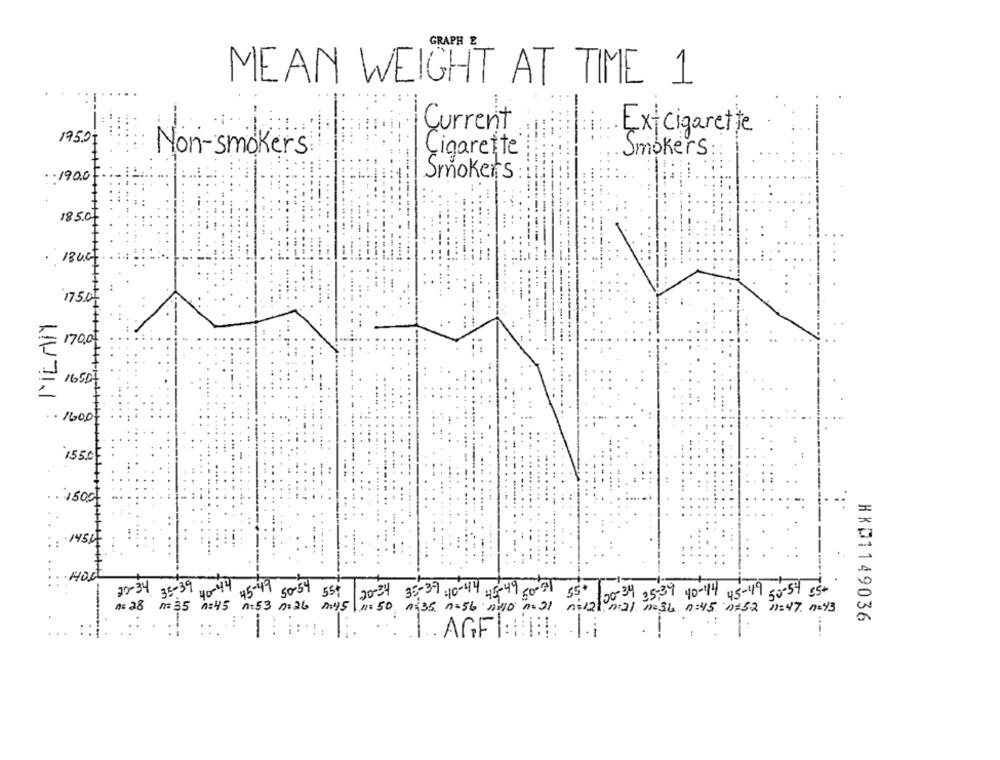
GRAPH
MEAN WEIGHT AT TIME 1
Current
Ex-cigarette
175.01
Non-smokers
Cigarette
Smokers
Smokers
.. 190.0
1850
1840
175.00
= 1700
= 16507
.. 1600
155.0
: 145
30-34 35:39 40- 44 45-49 50-54 559
20-34 38:39 :10-44 45 49 60-71 55# /00-34 35:39 40-$4 45-49 50-54 5+
A: 28 n= $5 0:45 0:53 0.26 2:45\1= 50
1:35 n=56 ne0 n=21 nil2\ nal negb n:45 n=52 7=47 n=43
HKD1149036
---
.. AGF:BE